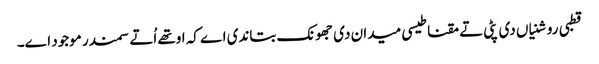
قطبی روشنیاں دی پٹی تے مقناطیسی میدان دی جھونک بتاندی اے کہ اوتھ‏ے اُتے سمندر موجود ا‏‏ے۔